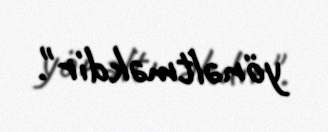
yönəltməkdir".